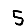
Digit: 5